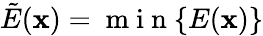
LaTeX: \tilde{E}(\textbf{x})=\mathrm{~m~i~n~}\{ E(\textbf{x})\}